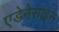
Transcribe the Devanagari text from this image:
एडेनेसाइन